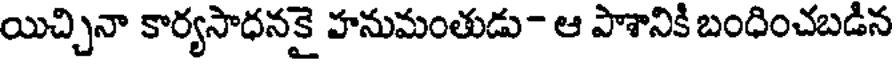
యిచ్చినా కార్యసాధనకై హనుమంతుడు- ఆ పాశానికి బంధించబడిన